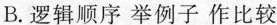
B.逻辑顺序举例子作比较